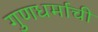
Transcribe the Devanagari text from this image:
गुणधर्माची